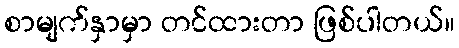
စာမျက်နှာမှာ တင်ထားတာ ဖြစ်ပါတယ်။